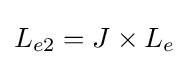
L_{e2}=J\times L_{e}